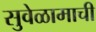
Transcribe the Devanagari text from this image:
सुवेळामाची